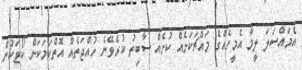
އެމައްސަލަ ލީމާ އެމީހެއްގެ މައްޗަކަށެެއް ކުށެއް ސާބިތު ކުރެވޭނެ ހުއްޖަތެއް އޮތްކަމަކަށް ކޯޓަކުން